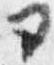
ヨ